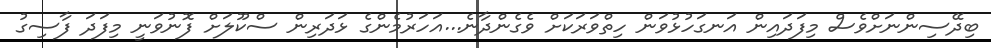
ބިދޭސިންނަށްވެސް މިފަދައިން އަނގަހުުޅުވަން ހިތްވަރަކަށް ވެގެންދާނެ...އަހަރުމެންގެ ޅަދަރިން ސްކޫލަށް ފޮނުވަނީ މިފަދަ ފާސިގު